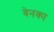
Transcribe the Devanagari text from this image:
वेनका